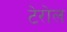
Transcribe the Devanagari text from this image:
टेरोल